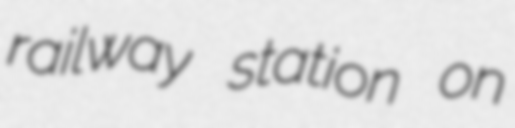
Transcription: railway station on